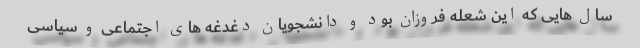
سال هایی که این شعله فروزان بود و دانشجویان دغدغه های اجتماعی و سیاسی